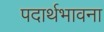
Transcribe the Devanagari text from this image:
पदार्थभावना